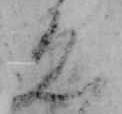
ゑ